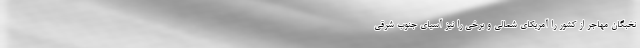
نخبگان مهاجر از کشور را آمریکای شمالی و برخی را نیز آسیای جنوب شرقی